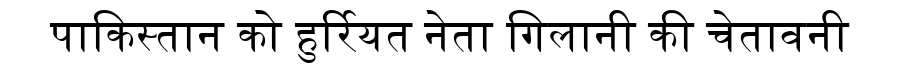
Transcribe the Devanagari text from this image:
पाकिस्तान को हुर्रियत नेता गिलानी की चेतावनी